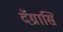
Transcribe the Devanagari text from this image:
दॅग्रासि